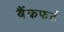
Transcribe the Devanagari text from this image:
बैंकफर्ट